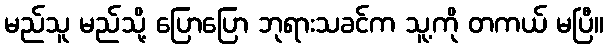
မည်သူ မည်သို့ ပြောပြော ဘုရားသခင်က သူ့ကို တကယ် မပြီ။